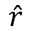
\hat { r }